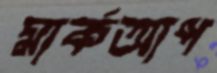
মার্কআপ